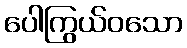
ပေါကြွယ်ဝသော